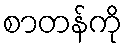
စာတန်ကို